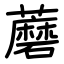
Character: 蘑